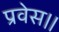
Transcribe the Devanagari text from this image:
प्रवेस।।